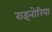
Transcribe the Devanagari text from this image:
राइनोरिया